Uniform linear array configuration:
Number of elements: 48
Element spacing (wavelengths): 0.75
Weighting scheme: cosine
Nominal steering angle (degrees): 15
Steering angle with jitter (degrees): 13.669
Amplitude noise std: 0.05
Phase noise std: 0.05

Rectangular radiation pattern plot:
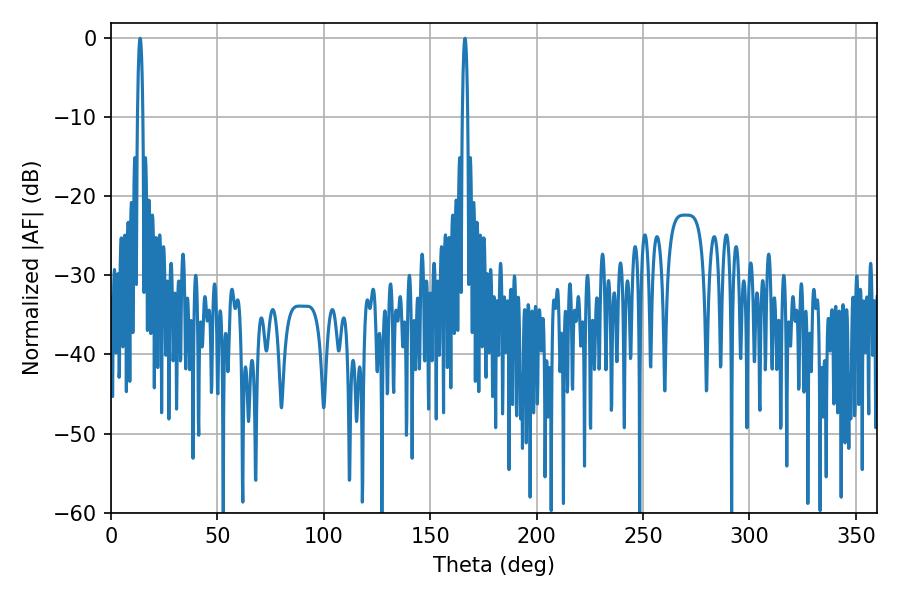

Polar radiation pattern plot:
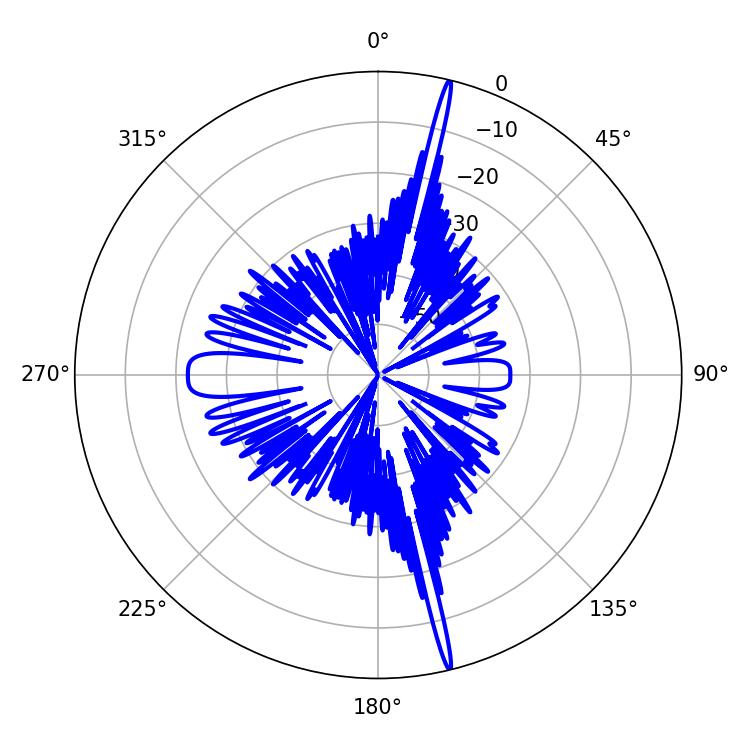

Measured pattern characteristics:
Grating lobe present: TRUE
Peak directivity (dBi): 22.402
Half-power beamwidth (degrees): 1.44
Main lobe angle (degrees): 13.68